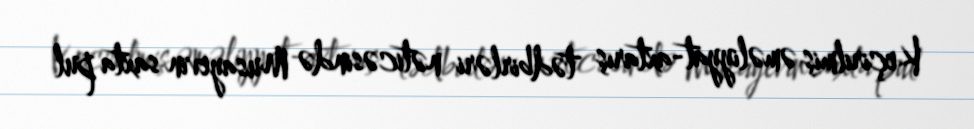
Keçirilmiş əməliyyat-axtarış tədbirləri nəticəsində Musayevin saxta pul